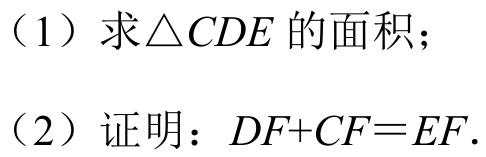
（1）求\(\triangle CDE\)的面积；
（2）证明：\(DF + CF=EF\).